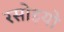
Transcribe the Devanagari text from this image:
रसोइयो